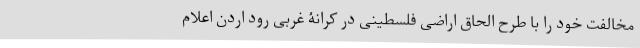
مخالفت خود را با طرح الحاق اراضی فلسطینی در کرانۀ غربی رود اردن اعلام